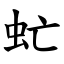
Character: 虻